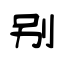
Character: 别